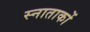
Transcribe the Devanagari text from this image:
स्नाताकों